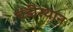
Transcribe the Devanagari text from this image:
चंडीस्‍थान